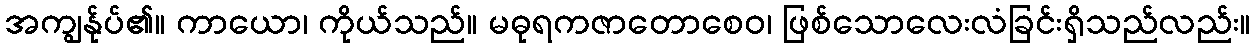
အကျွန်ုပ်၏။ ကာယော၊ ကိုယ်သည်။ မဓုရကဇာတောစေဝ၊ ဖြစ်သောလေးလံခြင်းရှိသည်လည်း။